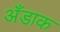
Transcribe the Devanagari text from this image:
अँडाक